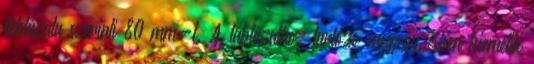
táblázata szerinti 80 mm-t. A táblázathoz tartozó megjegyzésben kiemelik